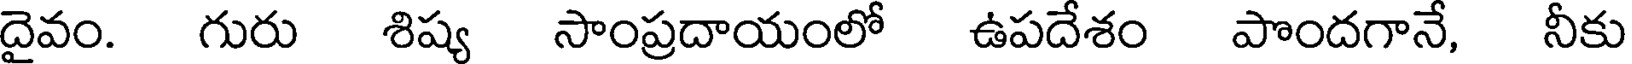
దైవం. గురు శిష్య సాంప్రదాయంలో ఉపదేశం పొందగానే, నీకు